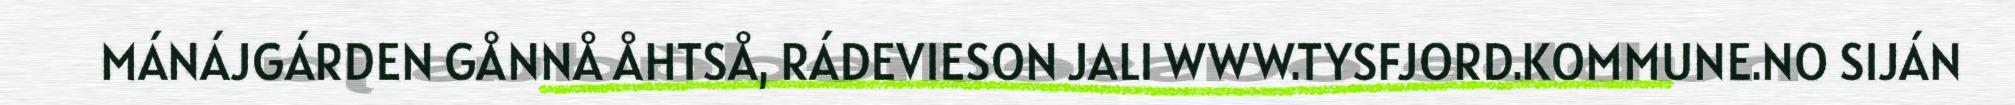
MÁNÁJGÁRDEN GÅNNÅ ÅHTSÅ, RÁDEVIESON JALI WWW.TYSFJORD.KOMMUNE.NO SIJÁN